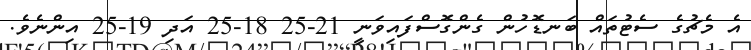
އެ މެޗުގެ ސެޓުތައް ބަނޑޮހުން ގެންގޮސްފައިވަނީ 21-25 18-25 އަދި 19-25 އިންނެވެ.